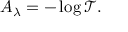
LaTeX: A _ { \lambda } = - \log { \mathcal { T } } .